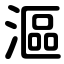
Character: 漚